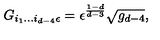
G _ { i _ { 1 } . . . i _ { d - 4 } \epsilon } = \epsilon ^ { \frac { 1 - d } { d - 3 } } \sqrt { g _ { d - 4 } } ,